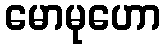
မောမုဟော